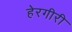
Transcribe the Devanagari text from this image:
हेरगीरी